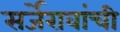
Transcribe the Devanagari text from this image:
सर्जेरावांची